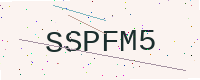
Text: SSPFM5